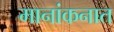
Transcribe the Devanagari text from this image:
मानांकनात